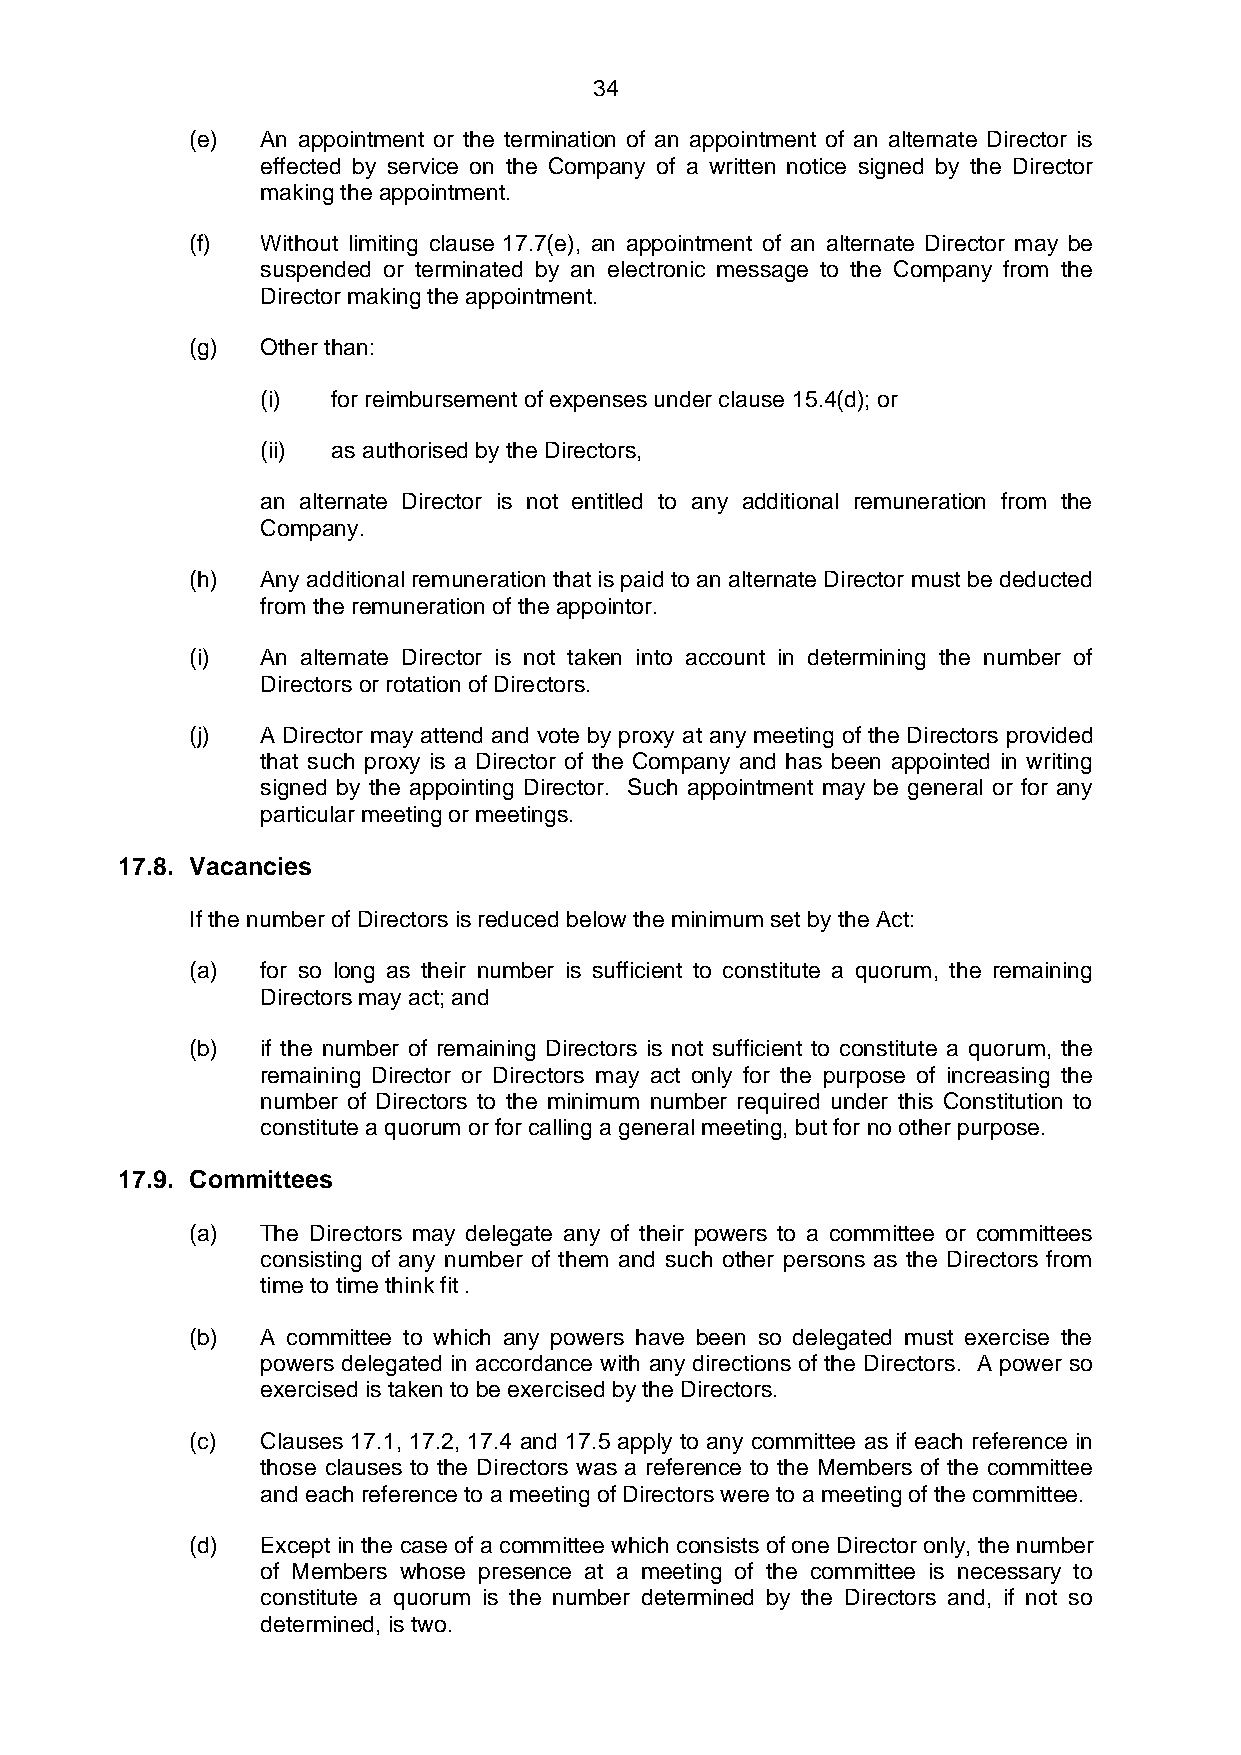
34
 (e) An appointment or the termination of an appointment of an alternate Director is
 effected by service on the Company of a written notice signed by the Director
 making the appointment.
 (f) Without limiting clause 17.7(e), an appointment of an alternate Director may be
 suspended or terminated by an electronic message to the Company from the
 Director making the appointment.
 (g) Other than:
 (i)  for reimbursement of expenses under clause 15.4(d); or
 (ii) as authorised by the Directors,
 an alternate Director is not entitled to any additional remuneration from the
 Company.
 (h) Any additional remuneration that is paid to an alternate Director must be deducted
 from the remuneration of the appointor.
 (i) An alternate Director is not taken into account in determining the number of
 Directors or rotation of Directors.
 (j) A Director may attend and vote by proxy at any meeting of the Directors provided
 that such proxy is a Director of the Company and has been appointed in writing
 signed by the appointing Director. Such appointment may be general or for any
 particular meeting or meetings.
 17.8. Vacancies
 If the number of Directors is reduced below the minimum set by the Act:
 (a) for so long as their number is sufficient to constitute a quorum, the remaining
 Directors may act; and
 (b) if the number of remaining Directors is not sufficient to constitute a quorum, the
 remaining Director or Directors may act only for the purpose of increasing the
 number of Directors to the minimum number required under this Constitution to
 constitute a quorum or for calling a general meeting, but for no other purpose.
 17.9. Committees
 (a) The Directors may delegate any of their powers to a committee or committees
 consisting of any number of them and such other persons as the Directors from
 time to time think fit .
 (b) A committee to which any powers have been so delegated must exercise the
 powers delegated in accordance with any directions of the Directors. A power so
 exercised is taken to be exercised by the Directors.
 (c) Clauses 17.1, 17.2, 17.4 and 17.5 apply to any committee as if each reference in
 those clauses to the Directors was a reference to the Members of the committee
 and each reference to a meeting of Directors were to a meeting of the committee.
 (d) Except in the case of a committee which consists of one Director only, the number
 of Members whose presence at a meeting of the committee is necessary to
 constitute a quorum is the number determined by the Directors and, if not so
 determined, is two.